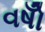
વષોઁ